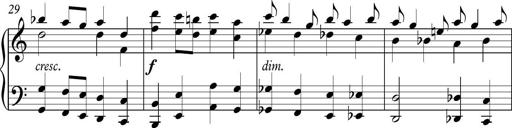
Title: Piano Sonatina in C
Composer: Daniel LÃ©o Simpson
Key: C major